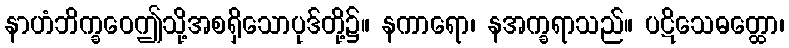
နာဟံဘိက္ခဝေဤသို့အစရှိသောပုဒ်တို့၌။ နကာရော၊ နအက္ခရာသည်။ ပဋိသေဓတ္ထော၊